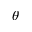
\theta